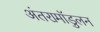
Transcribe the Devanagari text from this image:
अंतरामॉडुलन